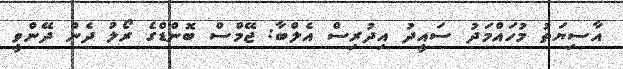
އާސިޔަތު މުހައްމަދު ސައީދު އިދުރިސް އެލްބާ: ޖޭމްސް ބޮންޑްގެ ރޯލު ދެން ދޭންވީ